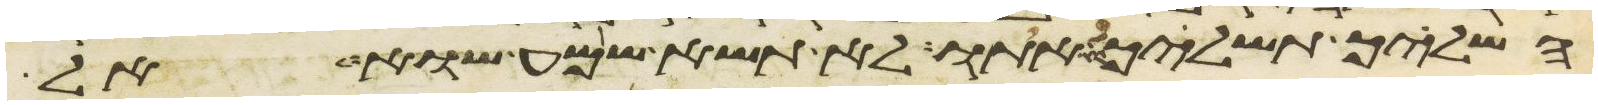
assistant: השליך תשליכו אתו לא תשא שמע שוא אל